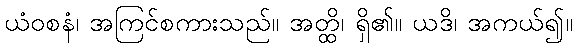
ယံဝစနံ၊ အကြင်စကားသည်။ အတ္ထိ၊ ရှိ၏။ ယဒိ၊ အကယ်၍။